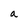
Character: a